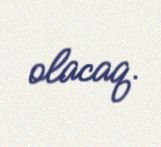
olacaq.